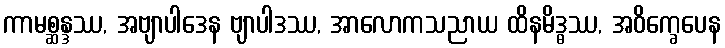
ကာမစ္ဆန္ဒဿ, အဗျာပါဒေန ဗျာပါဒဿ, အာလောကသညာယ ထိနမိဒ္ဓဿ, အဝိက္ခေပေန